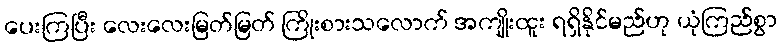
ပေးကြပြီး လေးလေးမြတ်မြတ် ကြိုးစားသလောက် အကျိုးထူး ရရှိနိုင်မည်ဟု ယုံကြည်စွာ